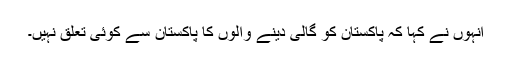
انہوں نے کہا کہ پاکستان کو گالی دینے والوں کا پاکستان سے کوئی تعلق نہیں۔